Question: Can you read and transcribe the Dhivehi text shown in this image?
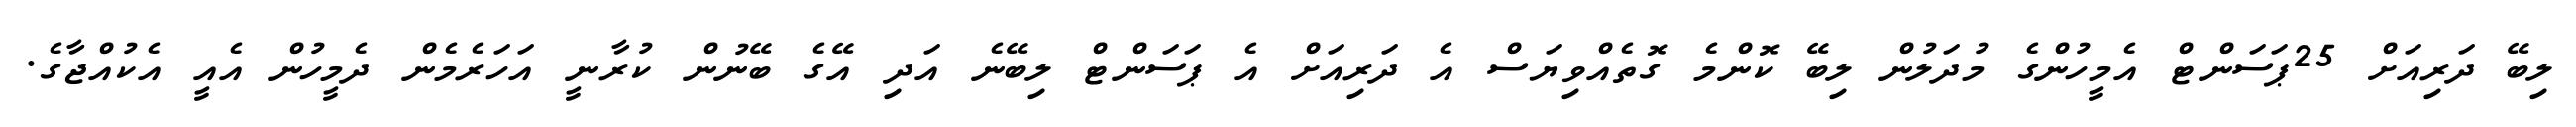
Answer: ލިބޭ ދަރިއަށް 25ޕަސަންޓް އެމީހުންގެ މުދަލުން ލިބޭ ކޮންމެ ގޮތެއްވިޔަސް އެ ދަރިއަށް އެ ޕަސަންޓް ލިބޭނެ އަދި އޭގެ ބޭނުން ކުރާނީ އަހަރެމެން ދެމީހުން އެއީ އެކުއްޖާގެ.